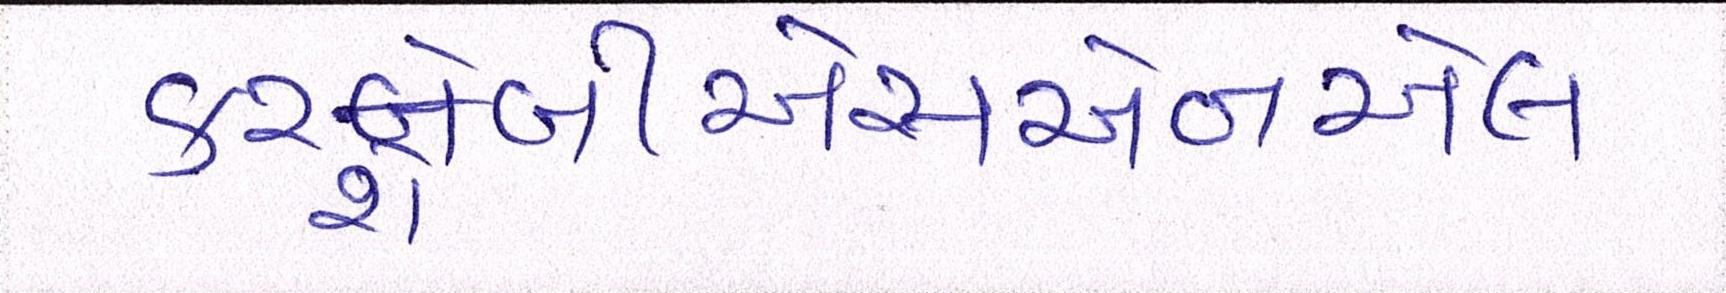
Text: કરશેબીએસએનએલ